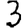
Digit: 3